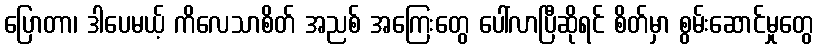
ပြောတာ၊ ဒါပေမယ့် ကိလေသာစိတ် အညစ် အကြေးတွေ ပေါ်လာပြီဆိုရင် စိတ်မှာ စွမ်းဆောင်မှုတွေ